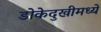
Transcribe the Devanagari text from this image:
डोकेदुखीमध्ये